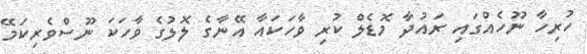
ހުރިހާ ނޫހެއްގައި ރައުދާ މޮޑެލް ކުރި ވާހަކައާ އޭނާގެ ލޮލުގެ ވާހަކަ ނޫސްވެރިކަމޭ